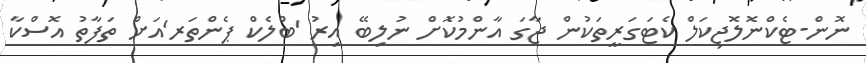
ނޮން-ޓެކްނޮލޮޖިކަލް ކެޓަގަރީތަކުން ޖާގަ އާންމުކޮށް ނުލިބޭ އިރު 'ބްލެކް ޕެންތަރ'އަށް ތަފާތު އޮސްކާ